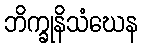
ဘိက္ခုနိသံဃေန